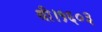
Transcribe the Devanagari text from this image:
थी।१६०३